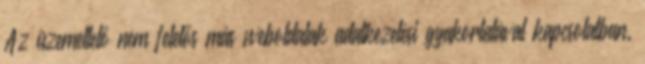
Az üzemeltető nem felelős más weboldalak adatkezelési gyakorlatával kapcsolatban.